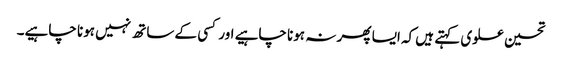
تحسین علوی کہتے ہیں کہ ایسا پھر نہ ہونا چاہیے اور کسی کے ساتھ نہیں ہونا چاہیے۔